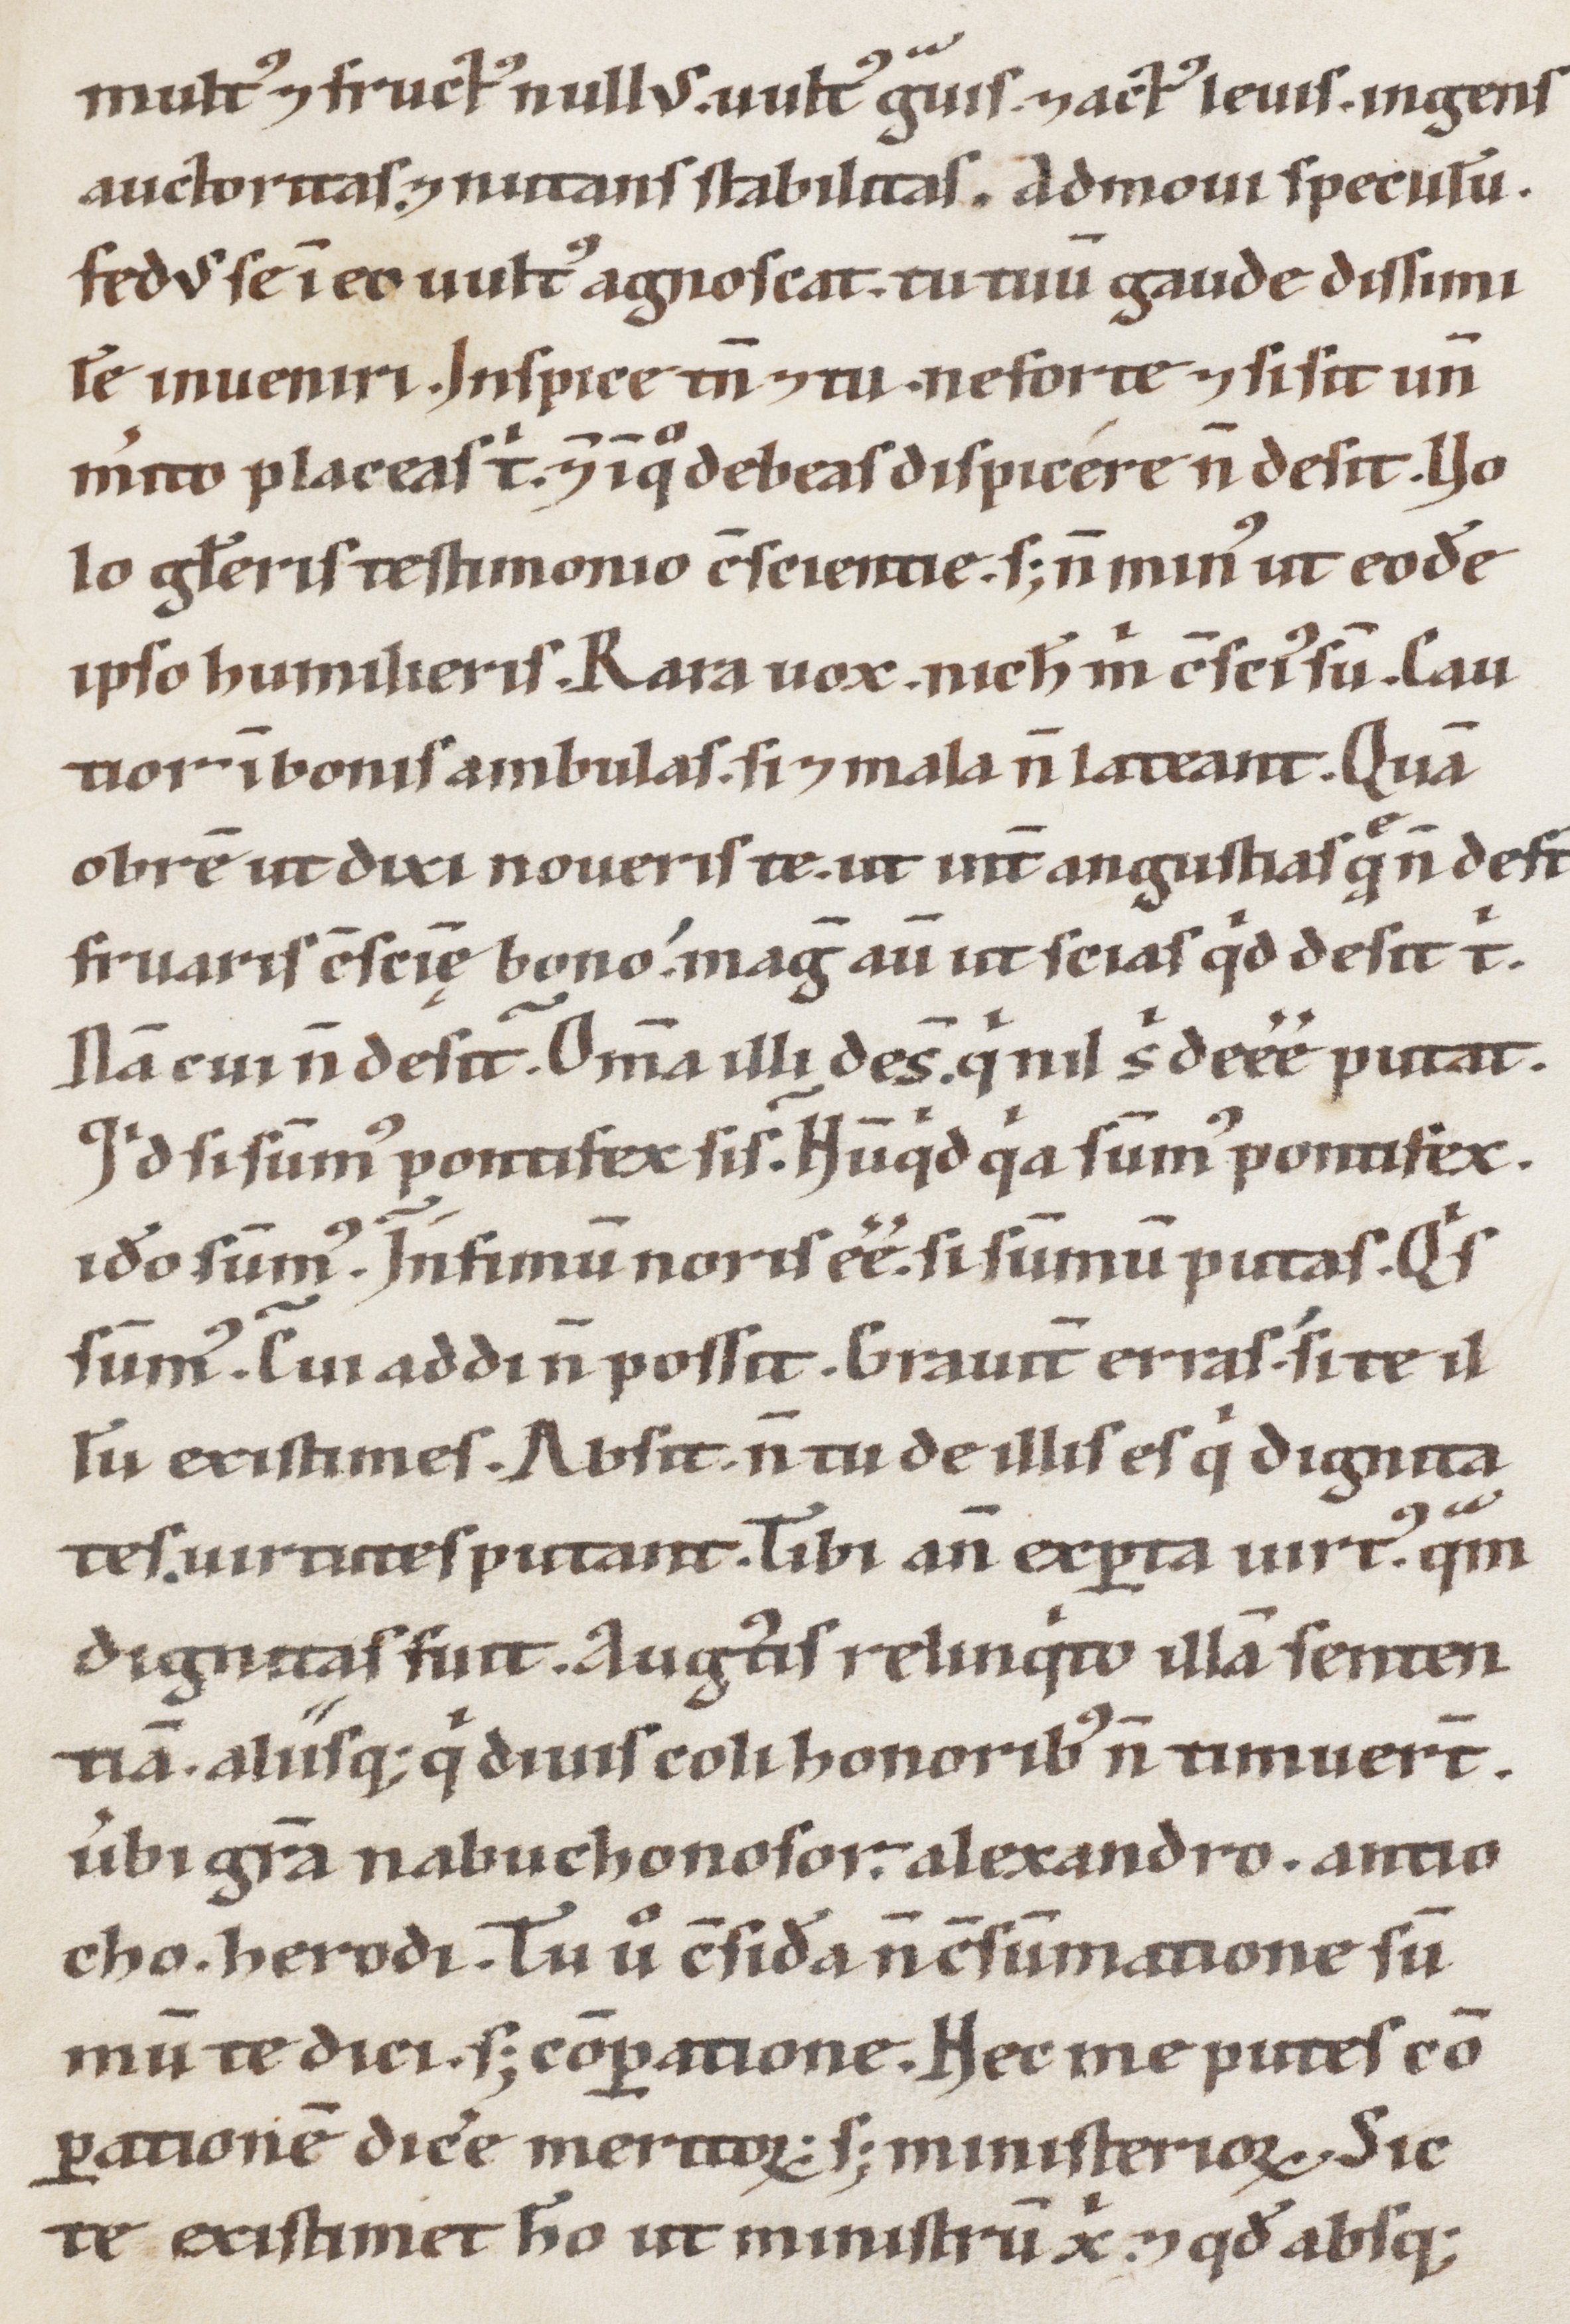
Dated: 1100–1199